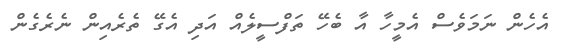
އެހެން ނަމަވެސް އެމީހާ އާ ބެހޭ ތަފްސީލެއް އަދި އެގޭ ތެރެއިން ނެރެގެން